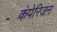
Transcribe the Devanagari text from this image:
कंपेरिजन